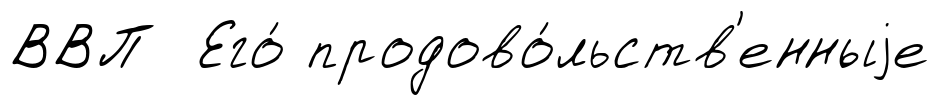
ВВП Его́ продово́льств'енныjе